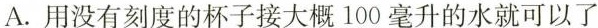
A.用没有刻度的杯子接大概100毫升的水就可以了